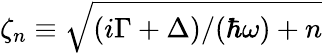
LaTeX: \zeta_{n}\equiv\sqrt{(i\Gamma+\Delta)/(\hbar\omega)+n}